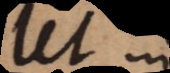
Ut in